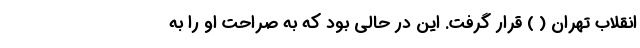
انقلاب تهران ( ) قرار گرفت. این در حالی بود که به صراحت او را به